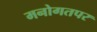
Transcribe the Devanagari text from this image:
मनोगतपर